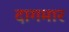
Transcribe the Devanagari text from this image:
दागमार